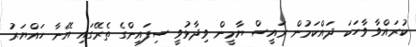
ކުރައްވާ ވާހަކަ ދައްކަމުން ރައީސް ޔާމީން ވިދާޅުވީ ސިފައިންގެ ތެރޭގައި އޭނާ ހައްޔަރު